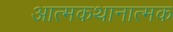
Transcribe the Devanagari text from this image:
आत्मकथानात्मक